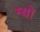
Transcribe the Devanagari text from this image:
म्‍यो